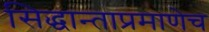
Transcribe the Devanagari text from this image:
सिद्धान्ताप्रमाणेच